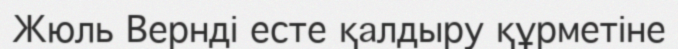
Жюль Вернді есте қалдыру құрметіне